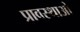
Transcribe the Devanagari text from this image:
प्रावस्थाओ